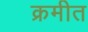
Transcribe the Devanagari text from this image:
क्रमीत